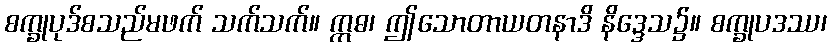
စက္ခုပုဒ်စသည်မဖက် သက်သက်။ ဣဓ၊ ဤသောတာယတနာဒိ နိဒ္ဒေသ၌။ စက္ခုပဒဿ၊